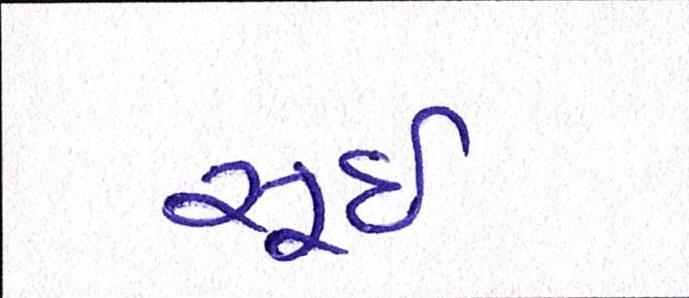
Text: સૂઈ